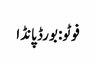
فوٹو: بورڈ پانڈا